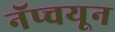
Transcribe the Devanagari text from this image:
नॅप्चयून